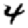
Digit: 4